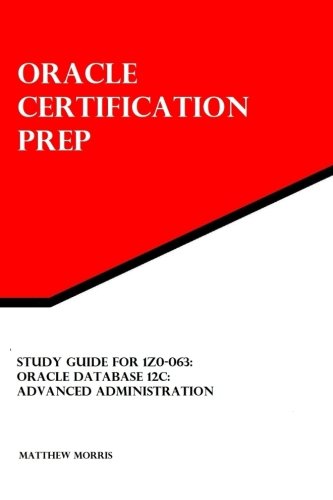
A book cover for Study Guide for 1Z0-063: Oracle Database 12c: Advanced Administration: Oracle Certification Prep; Matthew Morris; Computers & Technology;